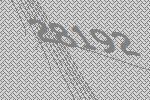
28192